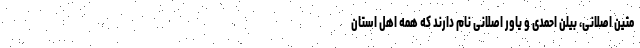
متین اصلانی، بیلن احمدی و یاور اصلانی نام دارند که همه اهل استان